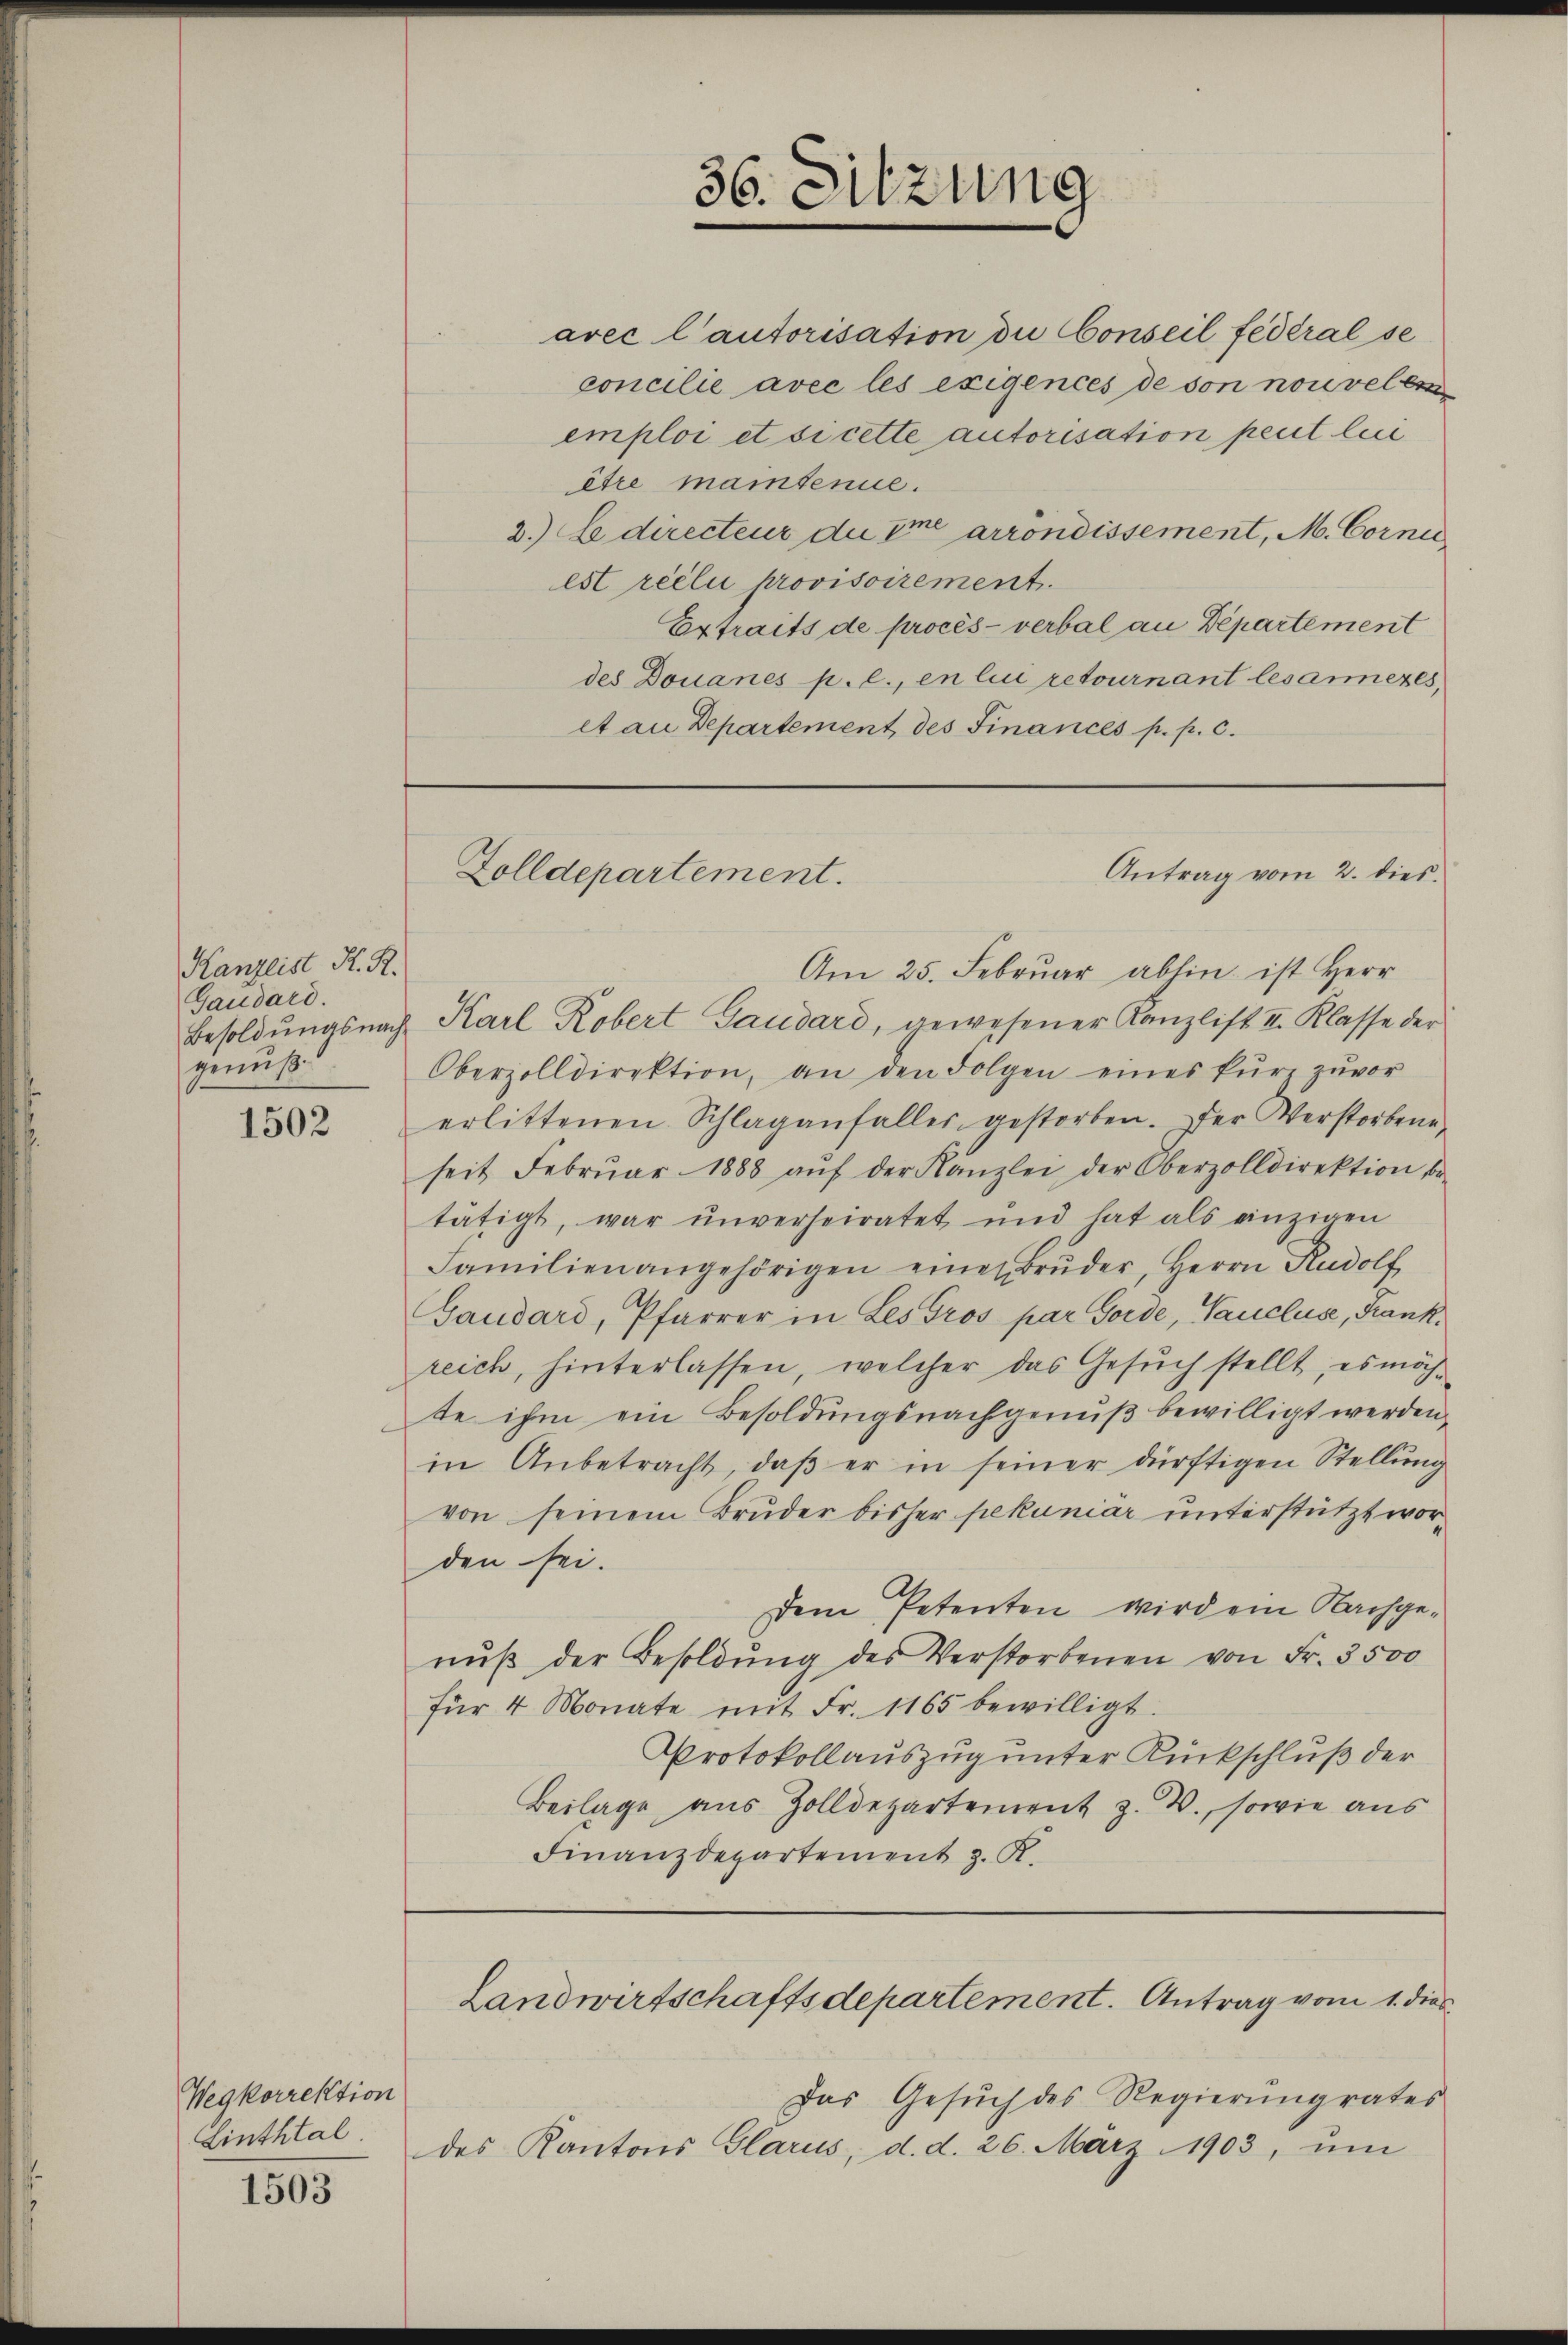
Kanzlist K. R.
Gaudard.
genuß

1502

Wegkorrektion
Linthtal

1505

emploi et si cette autorisation peut luci
être maintenue.
2. Ce directeur de sie arrondissement, M. Corne
est reclii provisoirement.
Extraits de procès-verbal an Departement
des Douanes p. c., en lici retournant lesarmeres,
et an Departement des Finances p. p. c.

Zolldepartement.

36. Sitzung

avec l’autorisation die Conseil fédéral se
concilie avec les exigences de son nouvel er

Am 25. Februar abhin ist Herr
Besoldŭngsnach Karl Robert Gaudard, gewesener Kanzlist. II. Klasse der
Oberzolldirektion, an den Folgen eines kŭrz zŭvor
erlittenen Schlaganfaller gestorben. Der Verstorbene
seit Febrŭar 1888 aŭf der Kanzlei der Oberzolldirektion be-
tätigt, war unverheiratet und hat als einzigen
Familien angehörigen einer Brŭder, Herrn Rudolf
Gaudard, Pfarrer in Les Gros par Forde, Vancluse, Frankreich, hinterlassen, welcher das Gesŭch stellt, es möch-
te ihm ein Besoldungsnachgenuß bewilligt werden,
in Anbetracht, daβ er in seiner dürftigen Stellŭng
von seinem Bruder bisher pekuniär unterstützt worden sei.
Dem Petenten wird ein Nachgenŭβ der Besoldŭng des Verstorbenen von Fr. 3500
für 4 Monate mit Fr. 1165 bewilligt.
Protokollauszug unter Rückschluß der
Beilage aus Zolldepartement z. B., sowie aus
Finanzdepartement z. R.

Antrag vom 2. dies

Landwirtschaftsdepartement. Antrag vom 1. dies

Das Gesuch des Regierungrates
des Kantons Glarus, d. d. 26. März 1903, ŭm